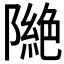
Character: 𨼎